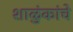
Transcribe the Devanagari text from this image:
शाळुंकांचे